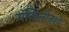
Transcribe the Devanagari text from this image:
मॅन्डिलीनशी